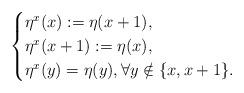
LaTeX: \begin{align*}\begin{cases}\eta^x(x):=\eta(x+1),\\\eta^x(x+1):=\eta(x),\\\eta^x(y)=\eta(y), \forall y\notin\{x,x+1\}.\end{cases}\end{align*}